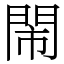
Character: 閙